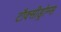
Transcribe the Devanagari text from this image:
टौक्सीड्रोम्स